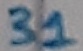
Text: 31